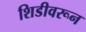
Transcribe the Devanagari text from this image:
शिडीवरून